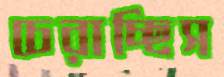
চেরাচ্ছিস